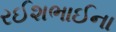
રઈશભાઈના